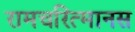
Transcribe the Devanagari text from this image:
रामचरित्मानस